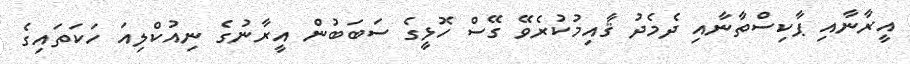
އީރާނާއި ޕާކިސްތާނާއި ދެމެދު ޤާއިމުކުރެވޭ ގޭސް ހޮޅީގެ ސަބަބުން އީރާނުގެ ނިއުކްލިއަ ހަކަތައިގެ